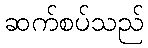
ဆက်စပ်သည်